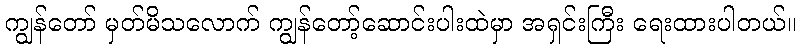
ကျွန်တော် မှတ်မိသလောက် ကျွန်တော့်ဆောင်းပါးထဲမှာ အရှင်းကြီး ရေးထားပါတယ်။